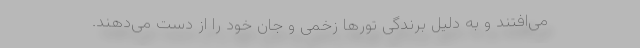
می‌افتند و به دلیل برندگی تور‌ها زخمی و جان خود را از دست می‌دهند.